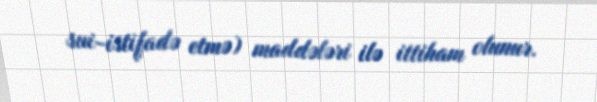
sui-istifadə etmə) maddələri ilə ittiham olunur.